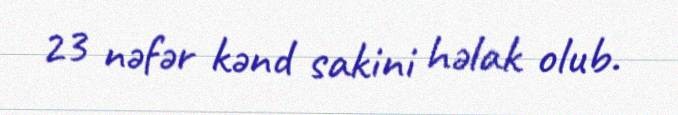
23 nəfər kənd sakini həlak olub.